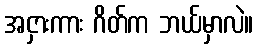
အငှားကား ဂိတ်က ဘယ်မှာလဲ။